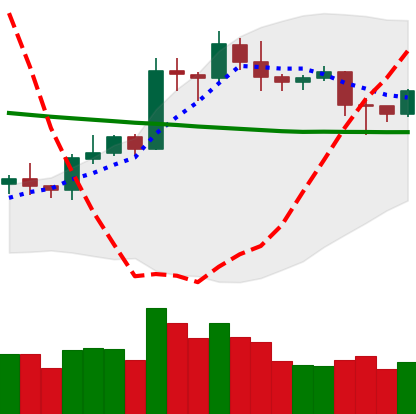
Ticker: LTC-USD
Chart end date: 2020-01-26
Forward return: 20.755%
Label: up_7plus